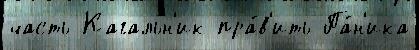
часть Кагальн'ик пра́в'ить Па́н'ика